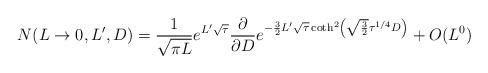
LaTeX: \begin{align*}N(L\to 0, L',D) ={1\over\sqrt {\pi L}} e^{L'\sqrt\tau} {\partial\over\partial D}e^{-{3\over 2}L'\sqrt\tau\coth^2\left (\sqrt{3\over 2}\tau^{1/4} D\right)}+ O(L^0)\end{align*}